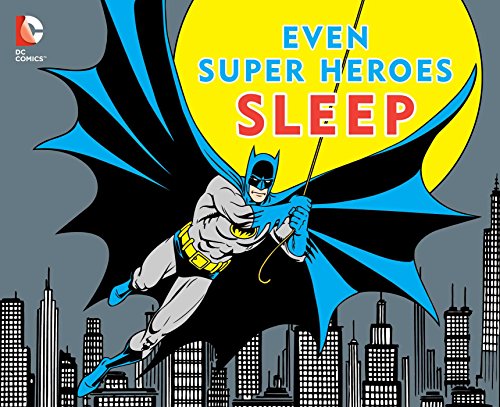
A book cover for EVEN SUPER HEROES SLEEP (DC Super Heroes); David Katz; Children's Books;